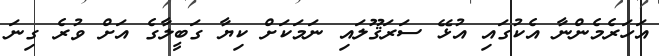
އަހަރެމެންނާ އެކުގައި އުޅޭ ސަރަޤޫލައި ނަމަކަށް ކިޔާ ގަބީލާގެ އަށް ވުރެ ގިނަ